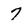
Character: 7